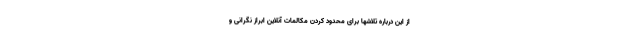
از این درباره تلاشها برای محدود کردن مکالمات آنلاین ابراز نگرانی و